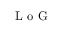
\mathrm { ~ L ~ o ~ G ~ }